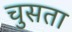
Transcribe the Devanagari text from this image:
चुसता